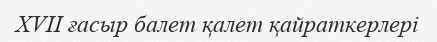
XVII ғасыр балет қалет қайраткерлері